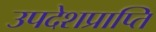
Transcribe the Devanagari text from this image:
उपदेशप्राप्ति